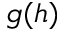
g ( h )